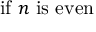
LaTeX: { \mathrm { i f ~ } } n { \mathrm { ~ i s ~ e v e n } }